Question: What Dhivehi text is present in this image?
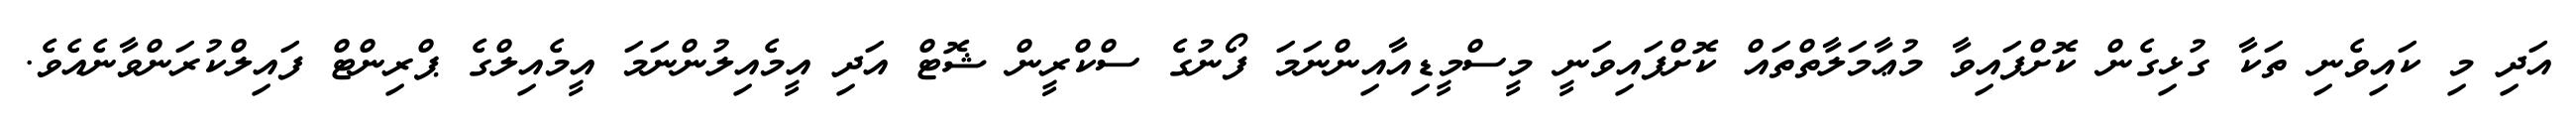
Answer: އަދި މި ކައިވެނި ތަކާ ގުޅިގެން ކޮށްފައިވާ މުޢާމަލާތްތައް ކޮށްފައިވަނީ މީސްމީޑިއާއިންނަމަ ފޯނުގެ ސްކްރީން ޝޮޓް އަދި އީމެއިލުންނަމަ އީމެއިލްގެ ޕްރިންޓް ފައިލްކުރަންވާނެއެވެ.